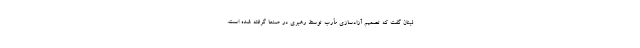
لبنان گفت که تصمیم آزادسازی مأرب توسط رهبری در صنعا گرفته شده است.